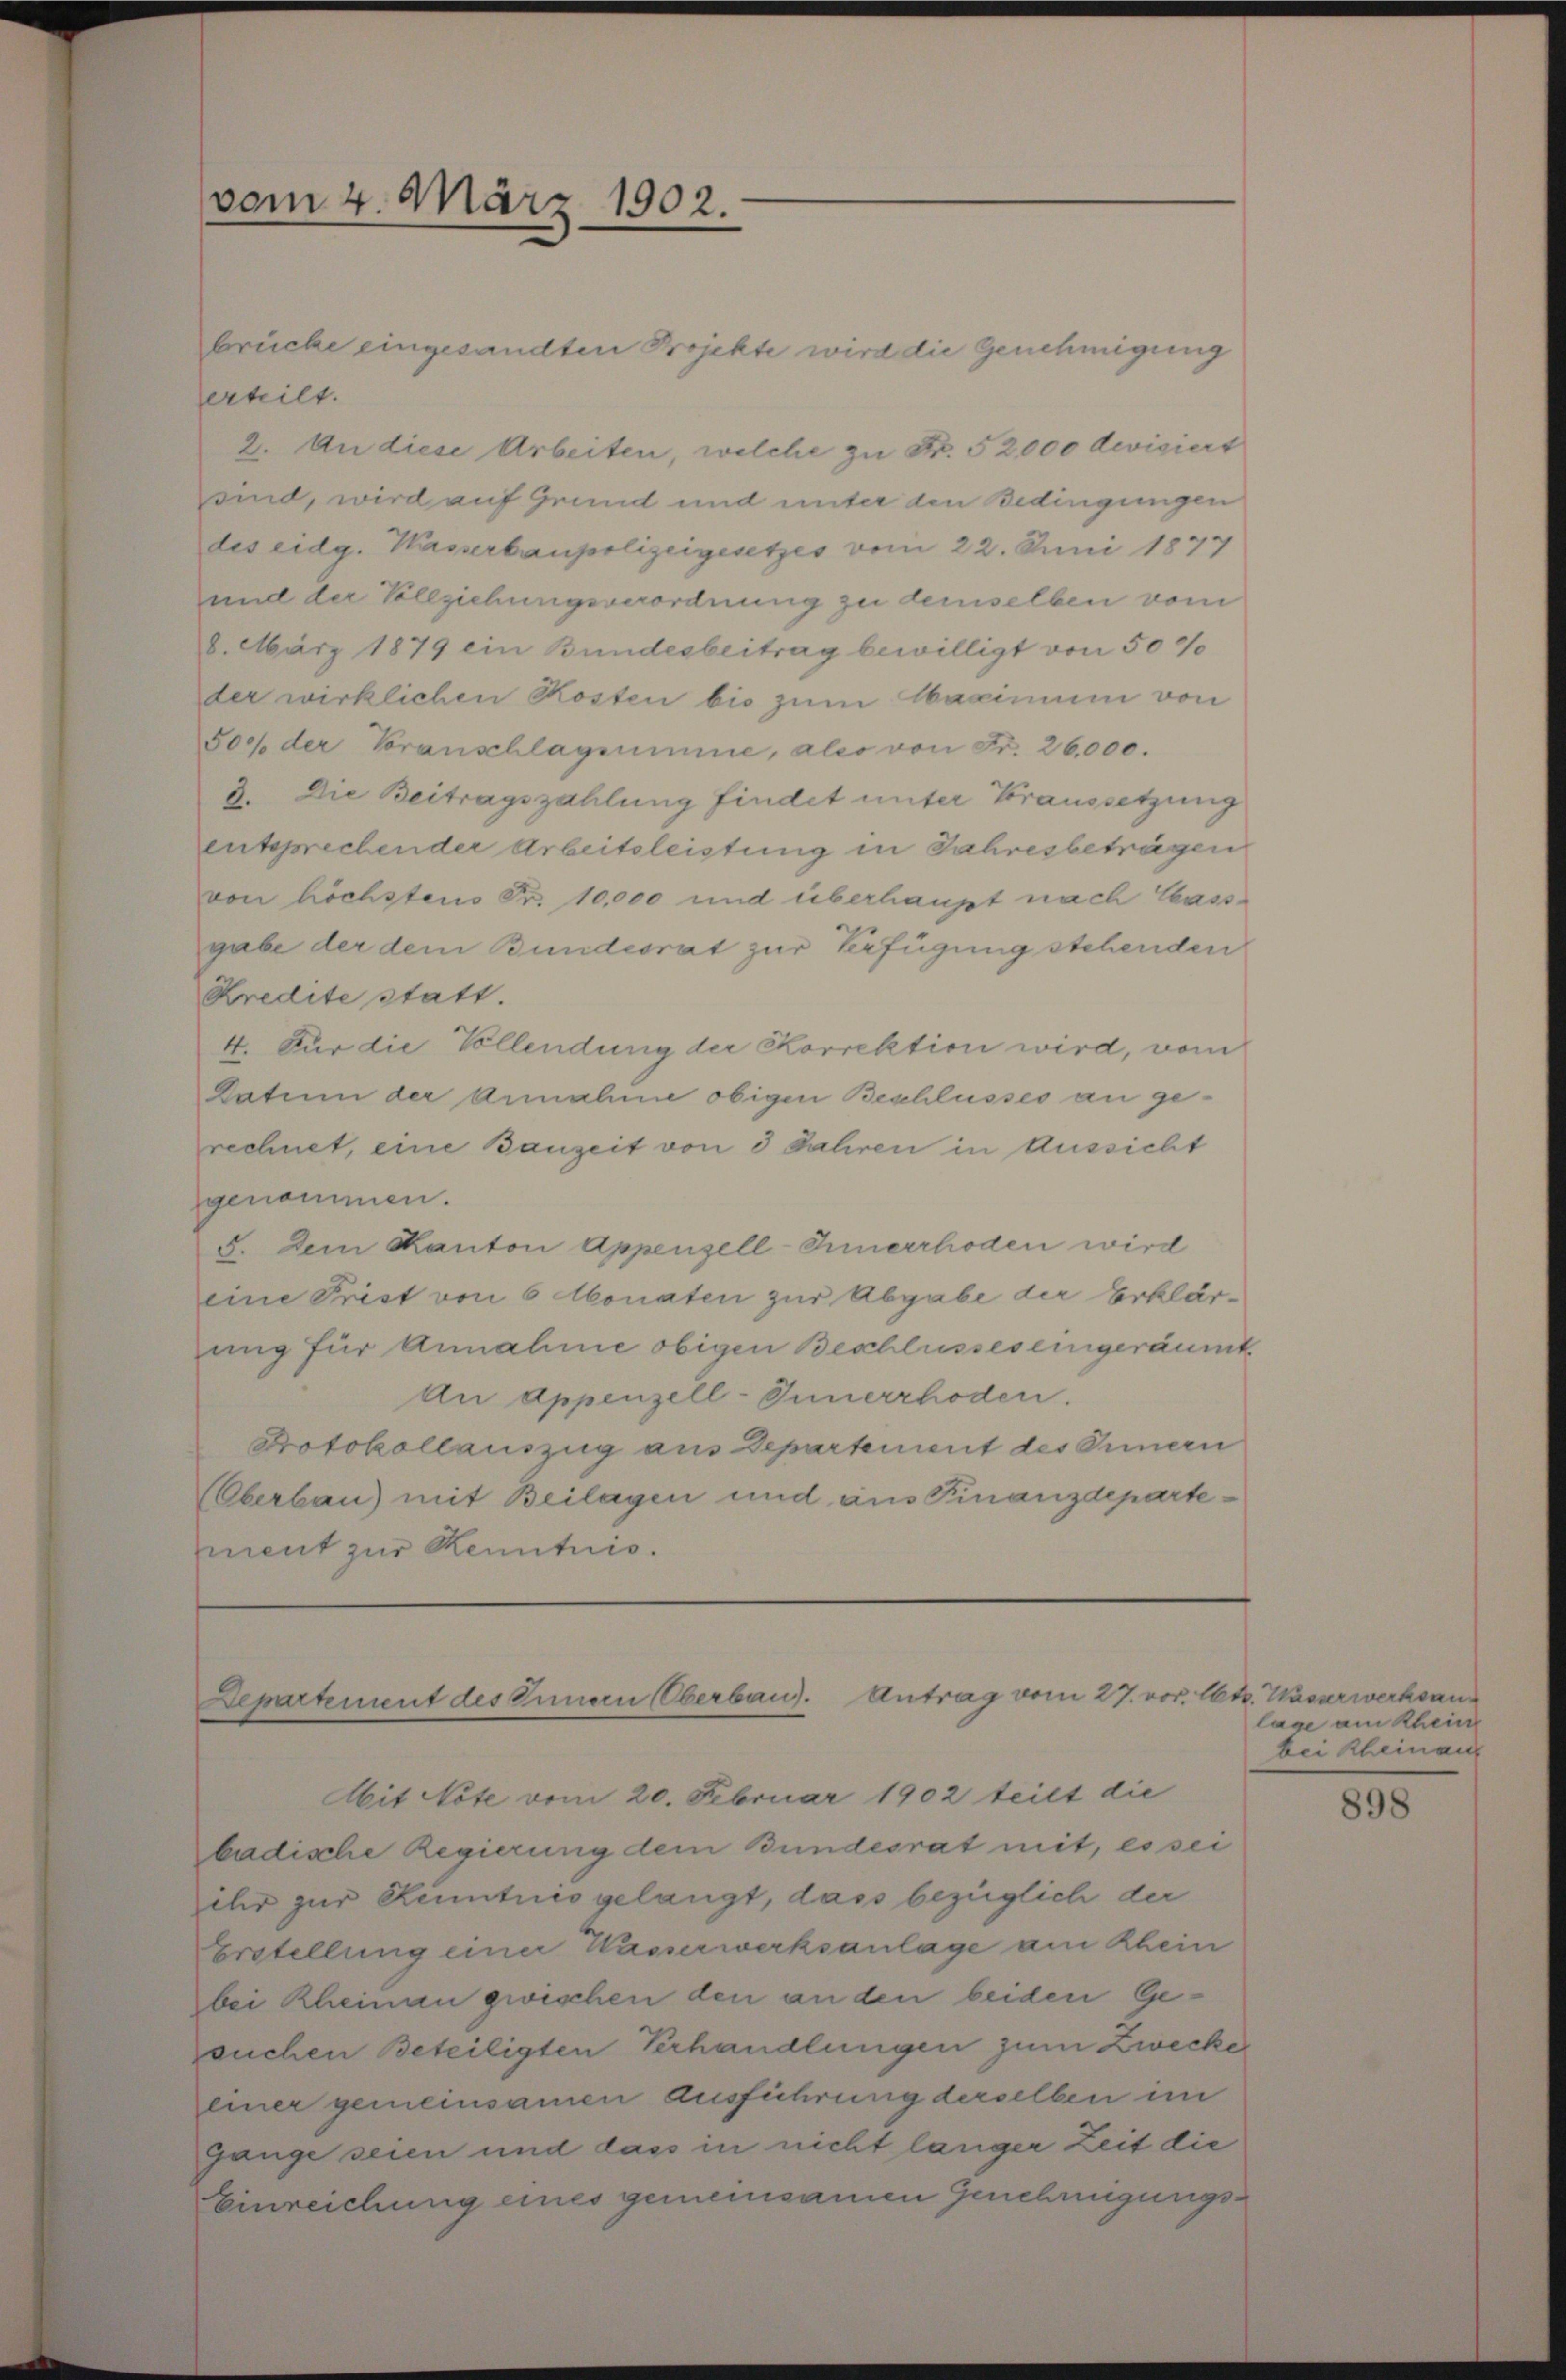
brücke eingesandten Projekte wird die Genehmigung
erheilt.
2. An diese Arbeiten, welche zu Fr. 52,000 devisiert
sind, wird auf Grund und unter den Bedingungen
des eidg. Kasserbaupolizeigesetzes vom 22. Juni 1877
und der Vollziehungsverordnung zu demselben vom
8. März 1879 ein Bundesbeitrag bewilligt von 50 %
der wirklichen Kosten bis zum Maximum von
500 der Voranschlagsumme, aler von Fr. 26,000.
9. Die Beitragszahlung findet unter Voraussetzung
entsprechender Arbeitsleistung in Jahresbeträgen
von höchstens Fr. 10,000 und überhaupt nach Cassgabe der dem Bundesrat zur Verfügung stehenden
Kredite statt.
4. Für die Vollendung der Korrektion wird, vom
Datum der Annahme obigen Beschlusses an gerechnet, eine Bauzeit von 3 Jahren in Aussicht
genommen.
5. Dem Kanton Appenzell-Innerrhoden wird
eine Frist von 6 Monaten zur Abgabe der Erklär-
ung für Annahme obigen Beschlusses eingeräumt
An Appenzell-Innerrhoden.
Protokollauszug aus Departement des Innern
Überbau) mit Beilagen und aus Finanzdeparteement zur Kenntnis.

vom 4. März 1902.

Departement des Innern (Oberband. Antrag vom 27. vor. Cts. Wasserwerksan¬

Mit Note vom 20. Februar 1902 teilt die
badische Regierung dem Bundesrat mit, es sei
ihr zur Kenntnis gelangt, dass bezüglich der
Erstellung einer Nasserwerksanlage am Rhein
bei Rheinen zwischen den an den beiden Gesuchen Beteiligten Verhandlungen zum Zwecke
einer gemeinsamen ausführung derselben im
gange seien und dass in nicht länger Zeit die
Einreichung eines gemeinsamen Genehmigungs¬

lage am Rhein
bei kleinaus

898